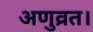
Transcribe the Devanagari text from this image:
अणुव्रत।